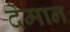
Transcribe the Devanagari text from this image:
देमान